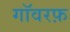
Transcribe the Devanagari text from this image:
गॉवरफ़